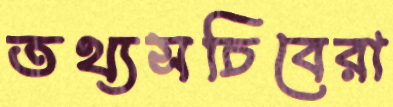
তথ্যসচিবেরা